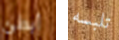
أبطئ تلبسه